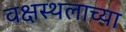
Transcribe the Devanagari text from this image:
वक्षस्थलाच्या